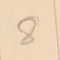
8